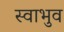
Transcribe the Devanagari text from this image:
स्वाभुव